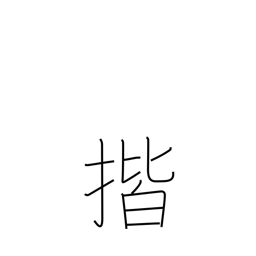
Meaning: wipe